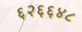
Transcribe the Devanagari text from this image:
६२६६४८